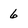
Character: 6